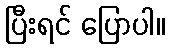
ပြီးရင် ပြောပါ။